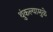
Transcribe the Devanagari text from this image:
थुंकल्यामुळे